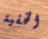
الخفية